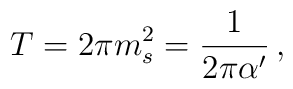
T = 2\pi m_s^2 = \frac{1}{2\pi\alpha'} \, ,